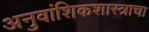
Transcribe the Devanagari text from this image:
अनुवांशिकशास्त्राचा